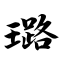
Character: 璐